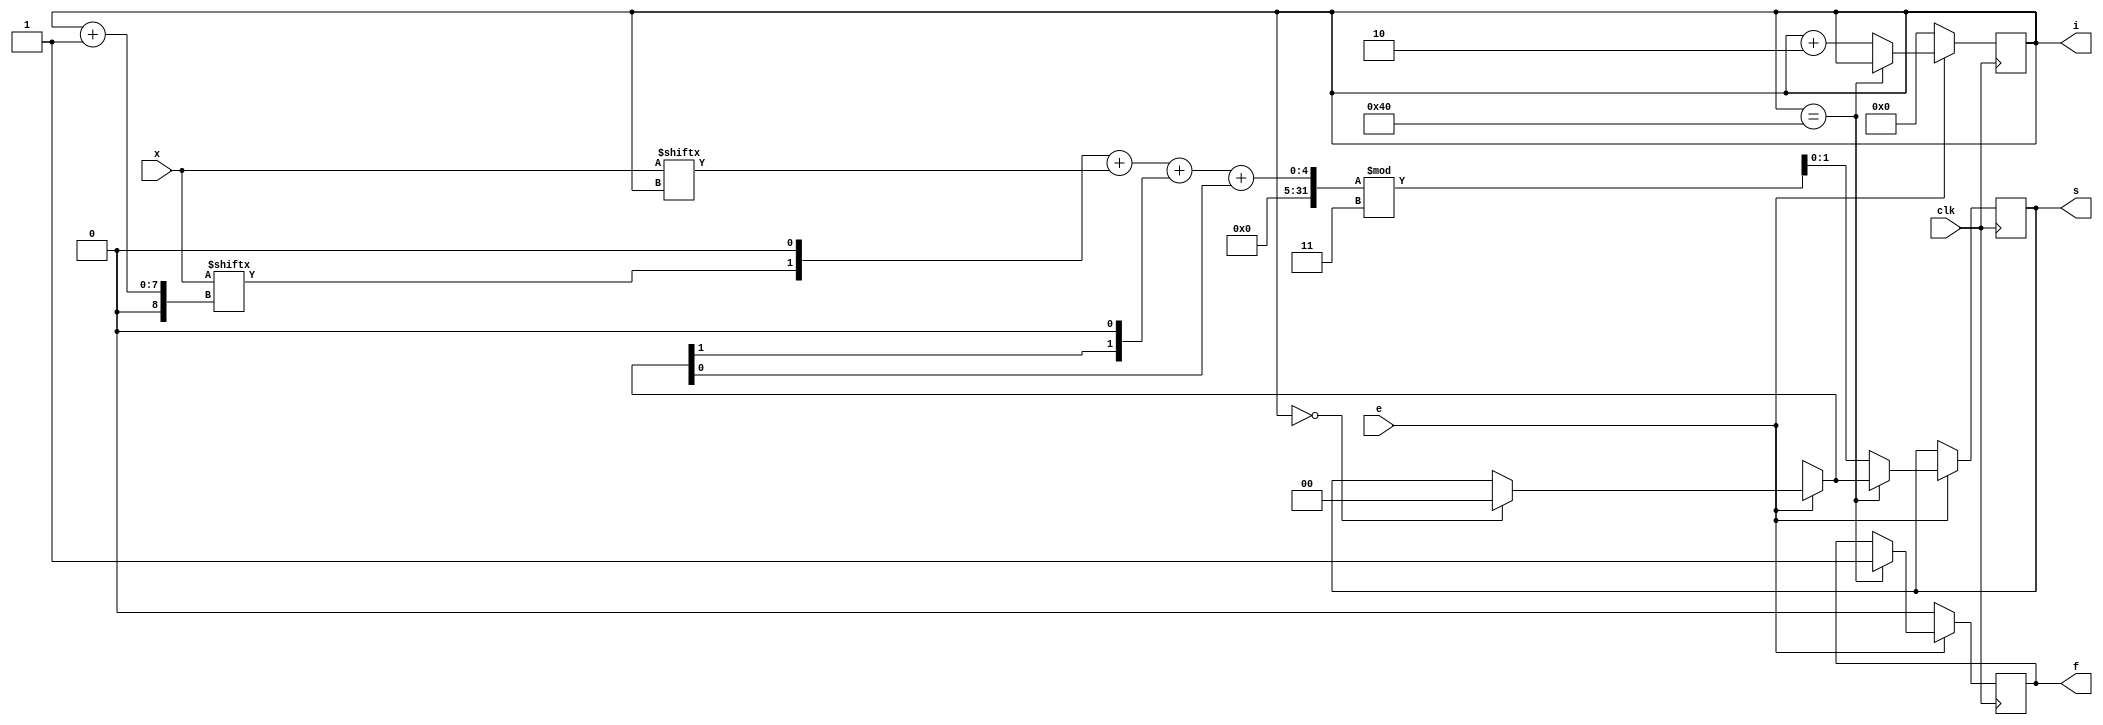
`timescale 1ns / 1ns

module source(s, f, i, x, e, clk);

output reg [1:0] s;
output reg f;
input wire [63:0] x;
input wire e;
input wire clk;

// Intermediate register (does not have to be output or input)
output reg [6:0] i;

always@(posedge clk) begin
	// Do not process until the unit is enabled
	if(e == 0) begin
		i = 0;
		f = 0;
	end
	else begin
		// Clear previous result
		if (i == 0) begin
			s = 0;
		end

		// Set flag bit ready
		if (i == 64) begin
			f = 1;
		end
		// Do the computation
		else begin
			// Main computation unit is here with delay
			#15;
			s = ((x[i + 1] << 1) + x[i] + (s[1] << 1) + s[0]) % 3;
			// Increment index variable
			i = i + 2;
		end
	end
end

endmodule